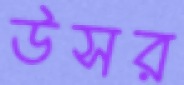
উসর